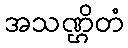
အသဏ္ဌိတံ